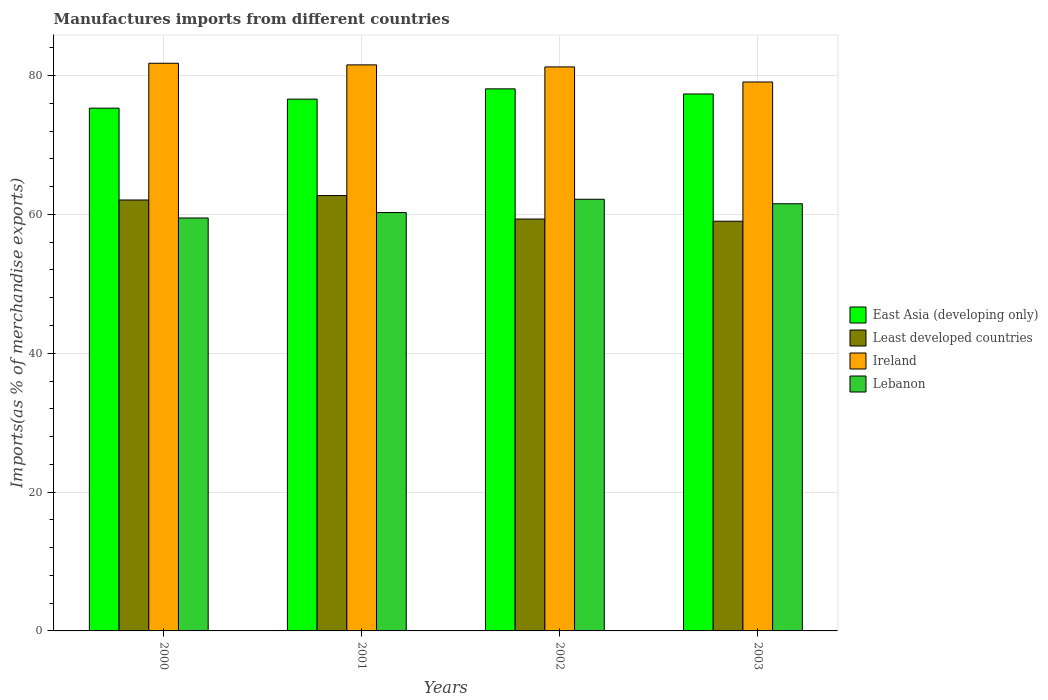
| Years | East Asia (developing only) | Least developed countries | Ireland | Lebanon |
 | --- | --- | --- | --- | --- |
 | 2000 | 75.3 | 62.1 | 81.8 | 59.5 |
 | 2001 | 76.6 | 62.7 | 81.5 | 60.3 |
 | 2002 | 78.1 | 59.3 | 81.3 | 62.2 |
 | 2003 | 77.4 | 59 | 79.1 | 61.5 |